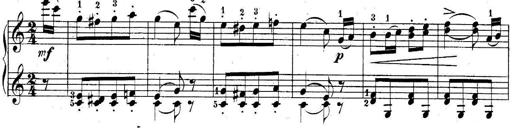
Title: 10 Sonatines progressives
Composer: Anton Schmoll